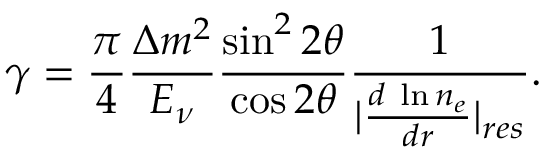
\gamma = \frac { \pi } { 4 } \frac { \Delta m ^ { 2 } } { E _ { \nu } } \frac { \sin ^ { 2 } 2 \theta } { \cos 2 \theta } \frac { 1 } { | \frac { d \; \ln n _ { e } } { d r } | _ { r e s } } .